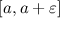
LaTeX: [ a , a + \varepsilon ]